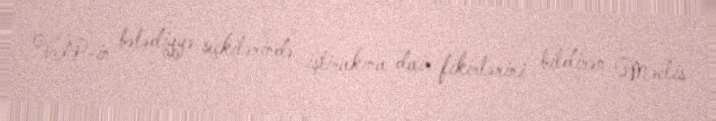
VİP-in bələdiyyə seçkilərində iştirakına dair fikirlərini bildirən Məclis